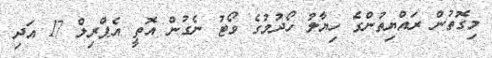
މިގޮތުން ރައްޔިތުންގެ ހިޔާލު ހޯދުމުގެ ވޯޓު ނެގުން އޮތީ އެޕްރިލް 17 އަދި